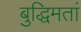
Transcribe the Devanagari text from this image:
बुद्धिमतां